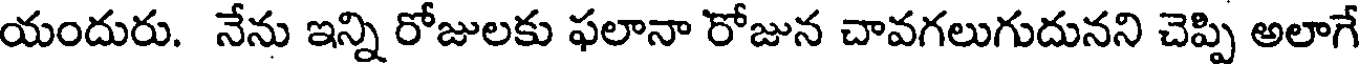
యందురు. నేను ఇన్ని రోజులకు ఫలానా రోజున చావగలుగుదునని చెప్పి అలాగే